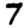
Digit: 7